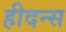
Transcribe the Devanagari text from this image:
हीदन्स